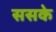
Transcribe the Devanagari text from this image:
ससके